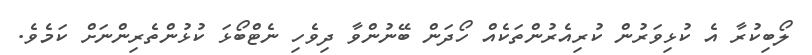
ލޯބިކުރާ އެ ކުޅިވަރުން ކުރިއެރުންތަކެއް ހޯދަން ބޭނުންވާ ދިވެހި ނެޓްބޯޅަ ކުޅުންތެރިންނަށް ކަމެވެ.